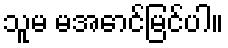
သူမ မအောင်မြင်ပါ။